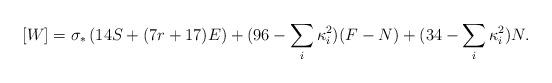
LaTeX: \begin{align*}[W]=\sigma_*\left(14 S + (7r + 17) E\right) +(96-\sum_i\kappa_i^2) (F-N) +(34 -\sum_i\kappa_i^2)N.\end{align*}